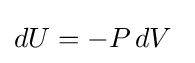
dU=-P\,dV\